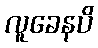
လူခေနပိ